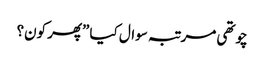
چوتھی مرتبہ سوال کیا ”پھر کون؟